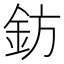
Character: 鈁